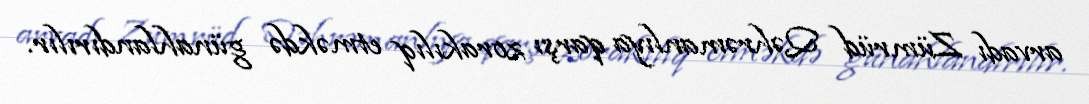
arvadı Zümrüd Qəhrəmanlıya qarşı zorakılıq etməkdə günahlandırılır.